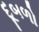
દૂબળો